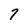
Character: 7